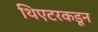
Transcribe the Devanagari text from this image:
थिएटरकडून